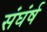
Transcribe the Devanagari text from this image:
संघंर्ष